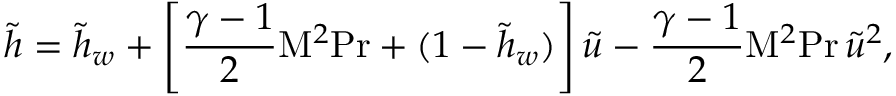
{ \tilde { h } } = { \tilde { h } } _ { w } + \left[ { \frac { \gamma - 1 } { 2 } } \mathrm { M } ^ { 2 } \mathrm { P r } + ( 1 - { \tilde { h } } _ { w } ) \right] { \tilde { u } } - { \frac { \gamma - 1 } { 2 } } \mathrm { M } ^ { 2 } \mathrm { P r } \, { \tilde { u } } ^ { 2 } ,